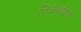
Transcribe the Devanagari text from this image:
लिओकादियो